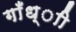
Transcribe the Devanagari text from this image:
गाँध्ाी